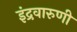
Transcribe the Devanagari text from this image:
इंद्रवारुणी